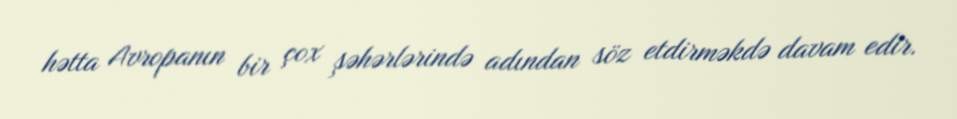
hətta Avropanın bir çox şəhərlərində adından söz etdirməkdə davam edir.